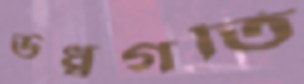
ঊর্ধ্বগতি